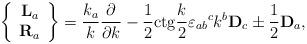
LaTeX: \begin{align*}\left\{\begin{array}{c}\mathbf{L}_{a}\\\mathbf{R}_{a}\end{array}\right\}=\frac{k_{a}}{k}\frac{\partial}{\partial k}-\frac{1}{2}{\rm ctg}\frac{k}{2}\varepsilon_{ab}{}^{c}k^{b}\mathbf{D}_{c}\pm\frac{1}{2}\mathbf{D}_{a}, \end{align*}